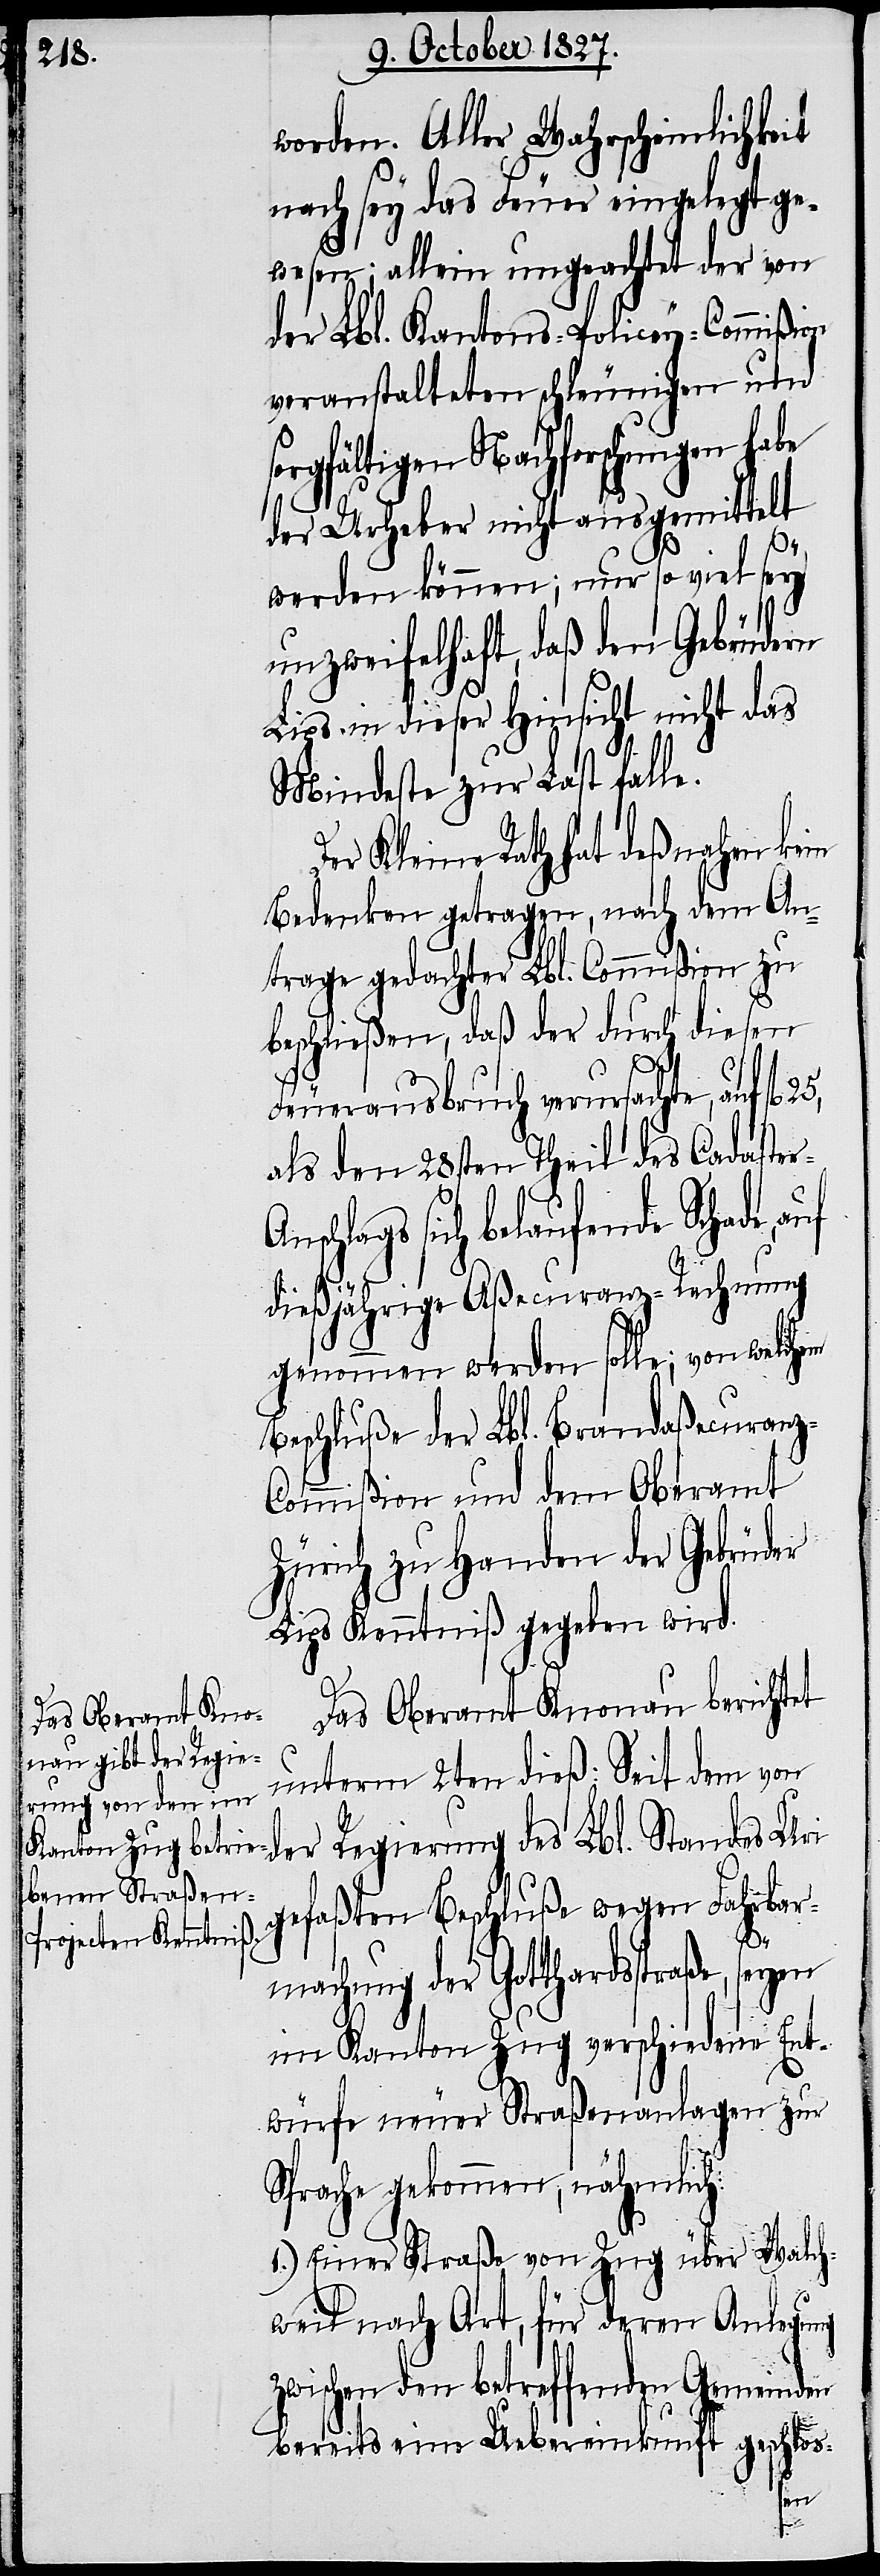
worden. Aller Wahrscheinlichkeit
nach sey das Feuer eingelegt ge¬
wesen; allein ungeachtet der von
der Lbl. Kantons-Policey-Commißion
veranstalteten schleunigen und
sorgfältigen Nachforschungen habe
der Urheber nicht ausgemittelt
werden können; nur so viel sey
unzweifelhaft, daß den Gebrüdern
Lips in dieser Hinsicht nicht das
Standes
Mindeste zur Last falle.
Der Kleine Rath hat deßnahen kein
Bedenken getragen, nach dem An¬
trage gedachter Lbl. Commißion zu
beschließen, daß der durch diesen
Feuerausbruch verursachte, auf fl.
als den 28sten Theil des Cadaste¬
schlags sich belaufende Schade,
dießjährige Aßecuranz-Rechnng
genommen werden solle; von welchem
Beschluße der Lbl. Brandaßecuran¬
ommißion und dem Oberamt
Zürich zu Handen der Gebrüder
Lips Kenntniß gegeben wird.
Das Oberamt Knonau berichtet
unterm 2ten dieß: Seit dem von
gefaßten Beschluße wegen Fahrbar¬
zw¬
machung der Gotthardstraße, seyen
im Kanton Zug verschiedene Ent¬
würfe neuer Straßenanlagen zur
Sprache gekommen, nähmlich:
Walch¬
1.) Einer Straße von Zug über
weil nach Art, für deren Anlegung
ischen den betreffenden Gemein¬
geschl¬
bereits eine Uebereinkunft
den
os-